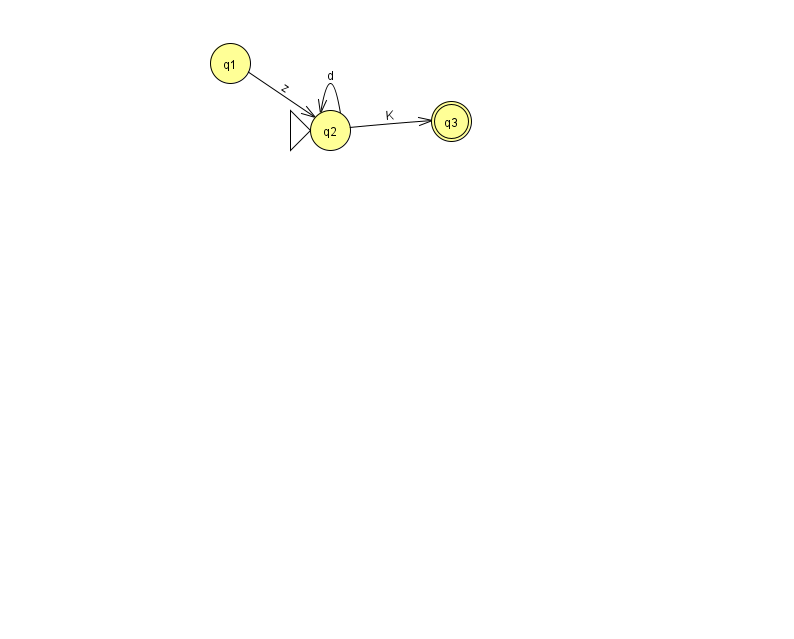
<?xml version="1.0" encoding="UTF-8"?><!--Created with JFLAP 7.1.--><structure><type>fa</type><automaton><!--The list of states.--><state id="1" name="q1"><x>230.0</x><y>50.0</y></state><state id="2" name="q2"><x>330.0</x><y>117.0</y><initial/></state><state id="3" name="q3"><x>451.0</x><y>108.0</y><final/></state><!--The list of transitions.--><transition><from>2</from><to>2</to><read>d</read></transition><transition><from>2</from><to>3</to><read>K</read></transition><transition><from>1</from><to>2</to><read>z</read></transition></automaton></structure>